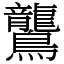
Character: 鸗